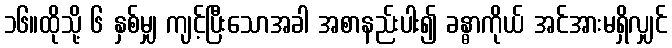
၁၆။ထိုသို့ ၆ နှစ်မျှ ကျင့်ပြီးသောအခါ အစာနည်းပါး၍ ခန္ဓာကိုယ် အင်အားမရှိလျှင်